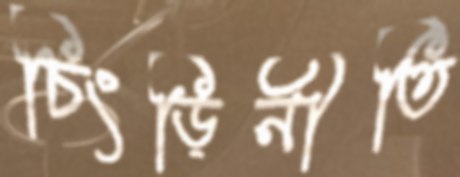
চিংড়িনীতি